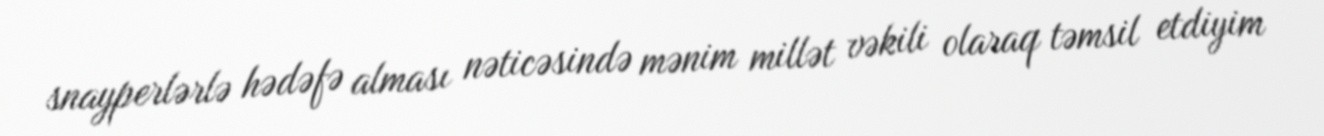
snayperlərlə hədəfə alması nəticəsində mənim millət vəkili olaraq təmsil etdiyim